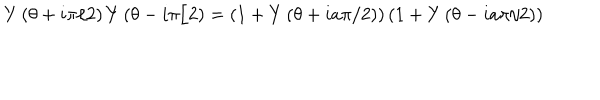
Y \left( \theta + i \pi / 2 \right) Y \left( \theta - i \pi / 2 \right) = \left( 1 + Y \left( \theta + i a \pi / 2 \right) \right) \left( 1 + Y \left( \theta - i a \pi / 2 \right) \right)